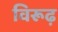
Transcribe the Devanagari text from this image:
विरूढ़